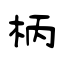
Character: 柄